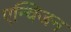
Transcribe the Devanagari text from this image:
एन्विजन